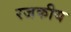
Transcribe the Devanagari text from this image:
रजकीय